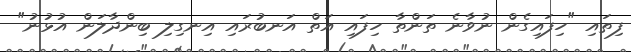
ފިތައި "ހިފައިގެން ނުވާނެ ތަންތާ ހިފައި އަތް އަނބުރައި އިނގިލި ބިންދާލަން އުޅުނު"